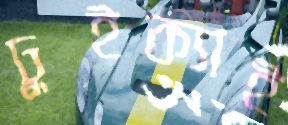
ঢুইক্যাই